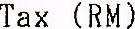
TAX (RM)